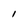
Character: l